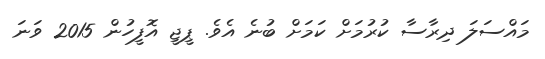
މައްސަލަ ދިރާސާ ކުރުމަށް ކަމަށް ބުނެ އެވެ. ޕީޖީ އޮފީހުން 2015 ވަނަ